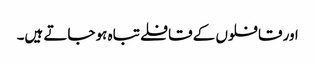
اور قافلوں کے قافلے تباہ ہو جاتے ہیں۔